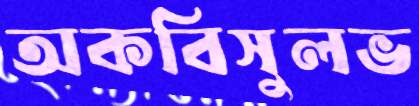
অকবিসুলভ